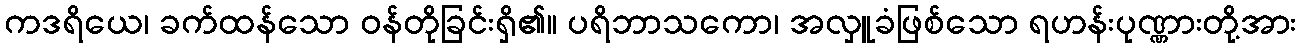
ကဒရိယေ၊ ခက်ထန်သော ဝန်တိုခြင်းရှိ၏။ ပရိဘာသကော၊ အလှူခံဖြစ်သော ရဟန်းပုဏ္ဏားတို့အား